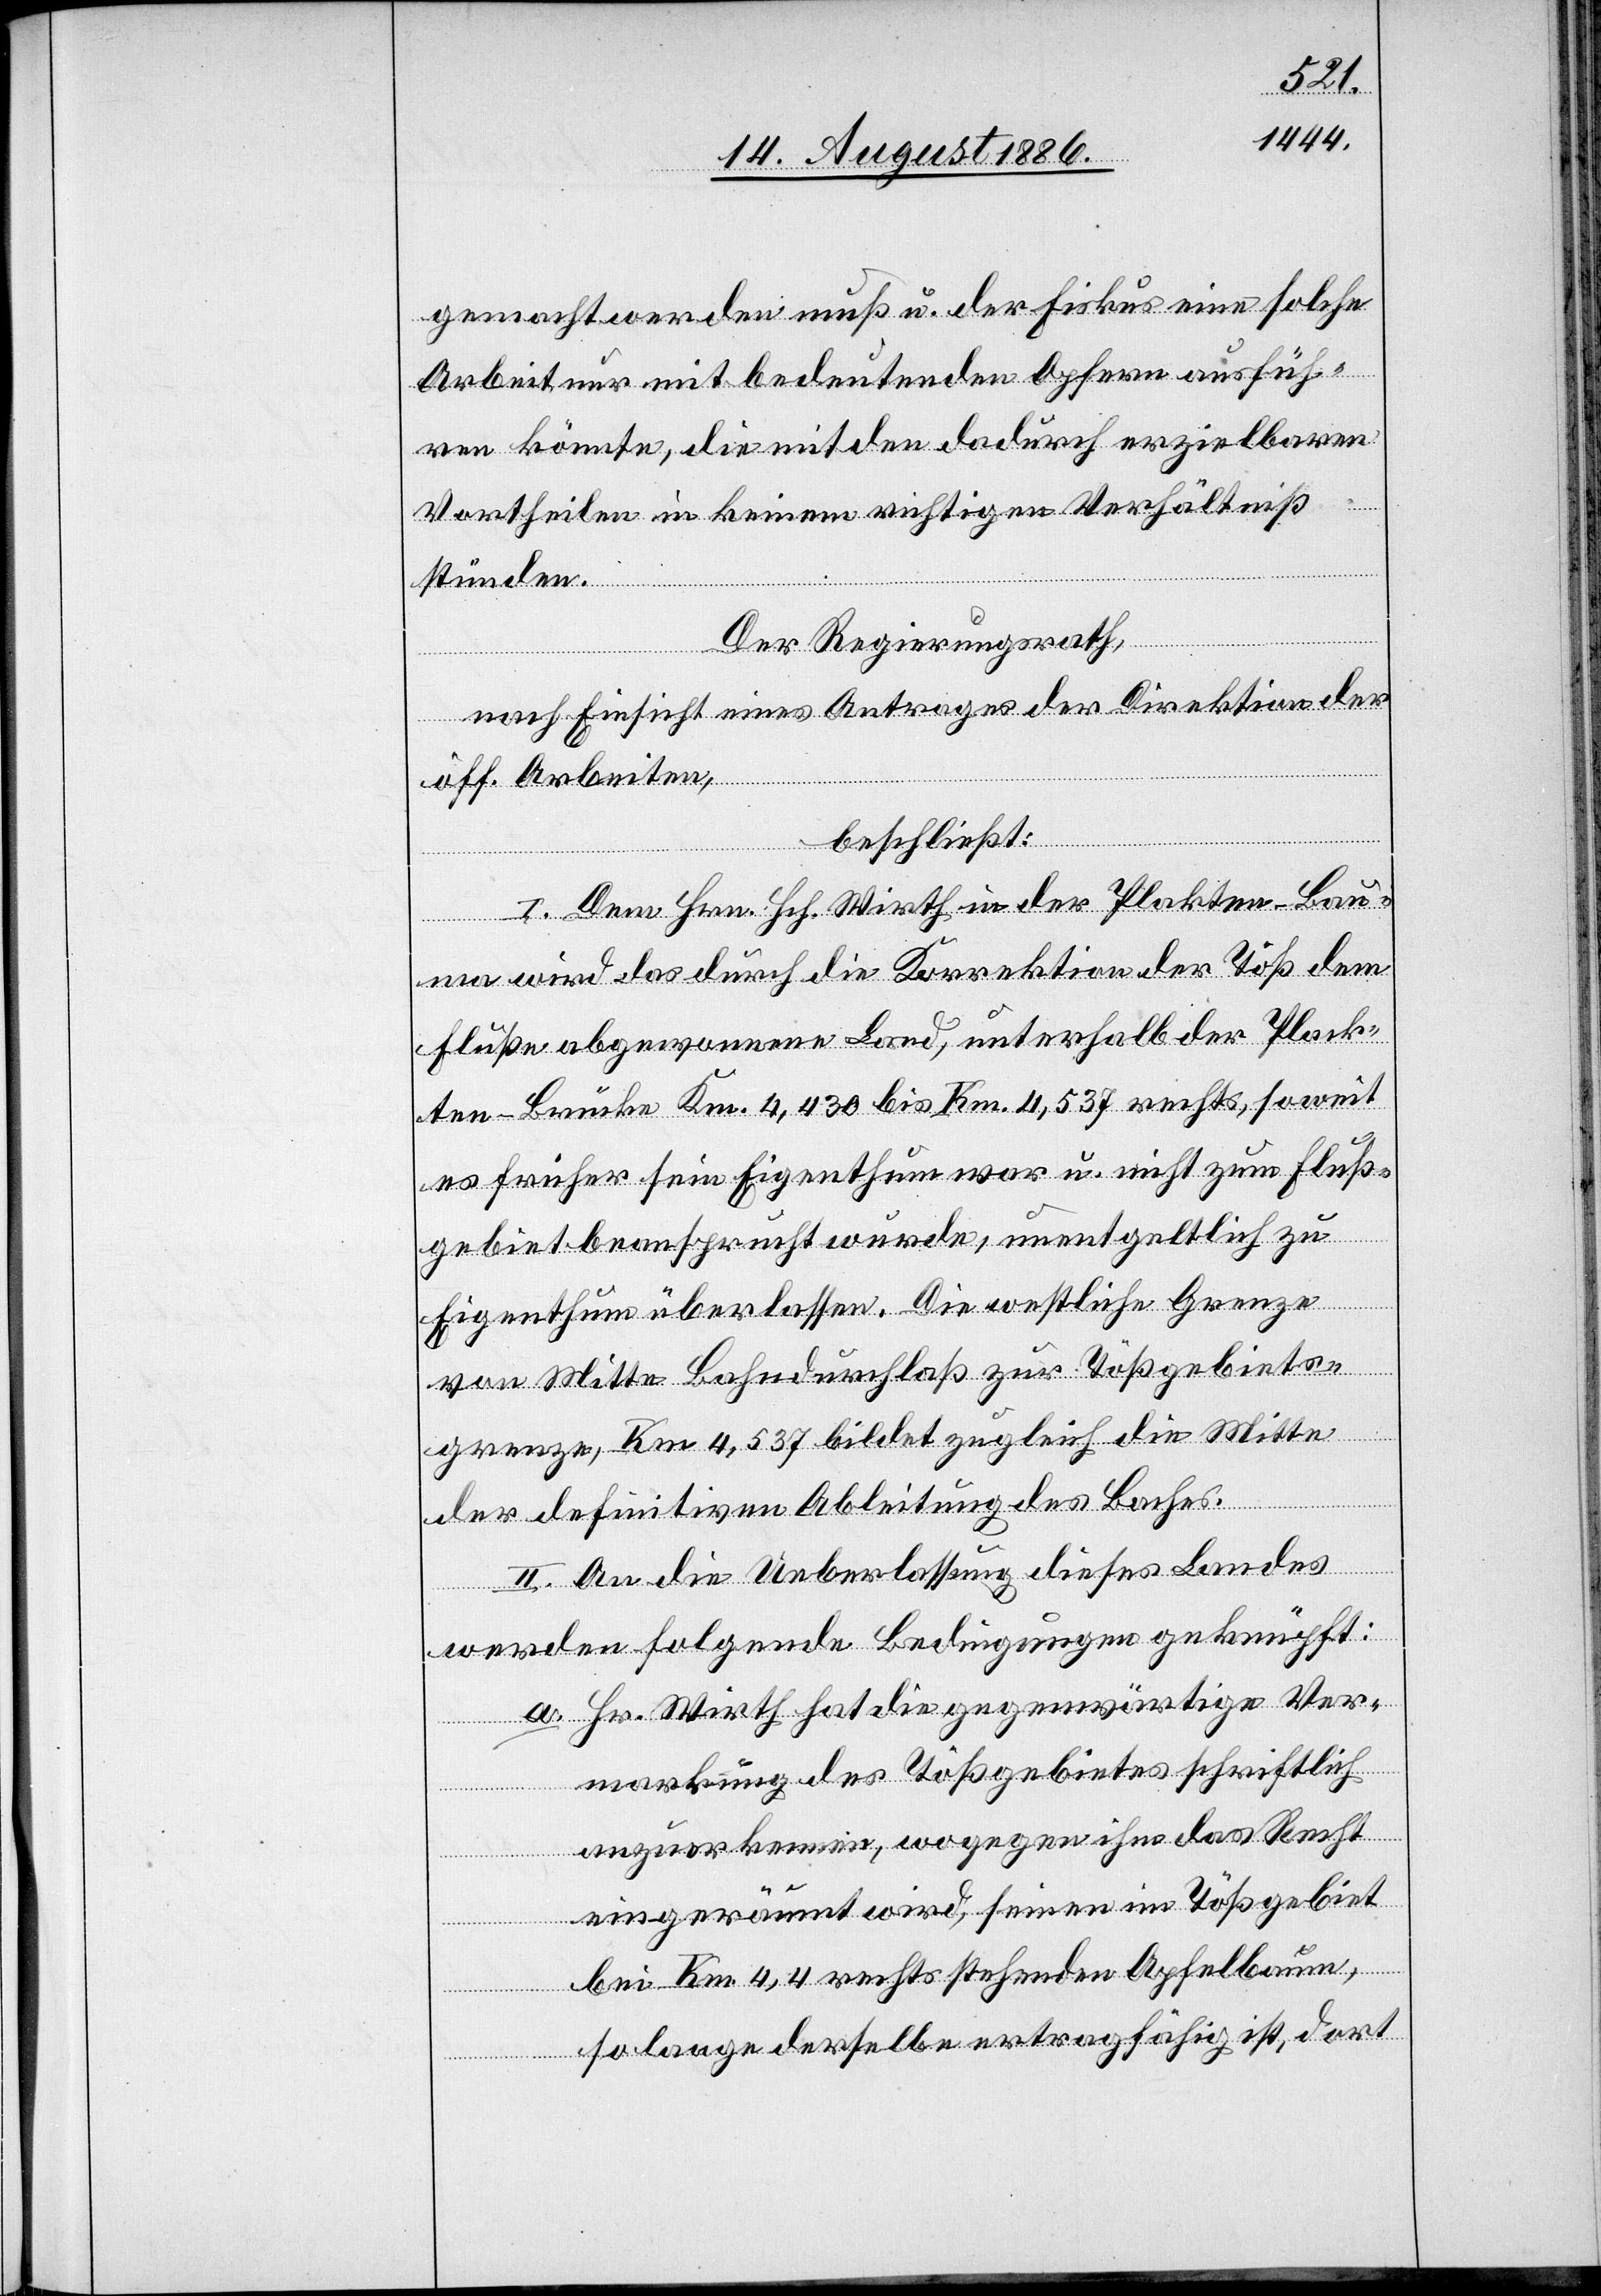
gemacht werden muß u. der Fiskus eine solche
Arbeit nur mit bedeutenden Opfern ausfüh¬
ren könnte, die mit den dadurch erzielbaren
Vortheilen in keinem richtigen Verhältniß
stünden.
Der Regierungsrath,
nach Einsicht eines Antrages der Direktion der
öff. Arbeiten,
beschließt:
I. Dem Hrn. Hch. Wirth in der Plakten - Bau¬
ma wird das durch die Korrektion der Töß dem
Fluße abgewonnene Land, unterhalb der Plack¬
ten-Brücke [sic!] Km. 4,430 bis Km. 4,537 rechts, soweit
es früher sein Eigenthum war u. nicht zum Fluß¬
gebiet beansprucht wurde, unentgeltlich zu
Eigenthum überlassen. Die westliche Grenze
von Mitte Bahndurchlaß zur Tößgebiets¬
grenze, Km 4,537 bildet zugleich die Mitte
der definitiven Ableitung des Baches.
II. An die Ueberlassung dieses Landes
werden folgende Bedingungen geknüpft:
a. Hr. Wirth hat die gegenwärtige Ver¬
markung des Tößgebietes schriftlich
anzuerkennen, wogegen ihm das Recht
eingeräumt wird, seinen im Tößgebiet
bei Km. 4,4 rechts stehenden Apfelbaum,
so lange derselbe ertragfähig ist, dort